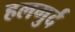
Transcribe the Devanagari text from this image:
हलगुर्द